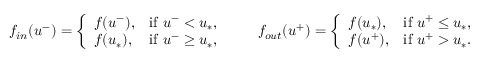
\begin{array} { r } { f _ { i n } ( u ^ { - } ) = \left\{ \begin{array} { l l } { f ( u ^ { - } ) , } & { \mathrm { i f ~ } u ^ { - } < u _ { * } , } \\ { f ( u _ { * } ) , } & { \mathrm { i f ~ } u ^ { - } \geq u _ { * } , } \end{array} \right. \qquad f _ { o u t } ( u ^ { + } ) = \left\{ \begin{array} { l l } { f ( u _ { * } ) , } & { \mathrm { i f ~ } u ^ { + } \leq u _ { * } , } \\ { f ( u ^ { + } ) , } & { \mathrm { i f ~ } u ^ { + } > u _ { * } . } \end{array} \right. } \end{array}